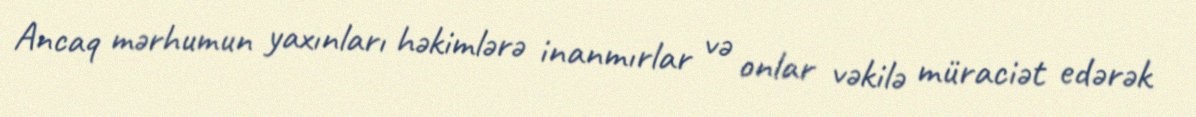
Ancaq mərhumun yaxınları həkimlərə inanmırlar və onlar vəkilə müraciət edərək